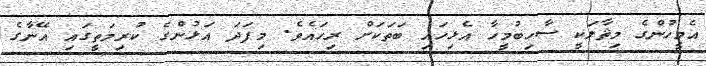
އެމީހުންގެ މިޘާލަކީ ސާހިބުމީހާ އެޅިހައި ބަތަކަށް ރިހައެވެ. މިފަދަ އަޅުންގެ ކުރިމަތީގައި އޭނާގެ